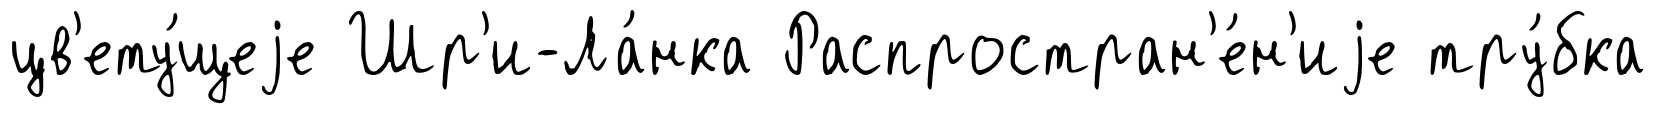
цв'ету́щеjе Шр'и-Ла́нка Распростран'е́н'иjе тру́бка